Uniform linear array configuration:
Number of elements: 64
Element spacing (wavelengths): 1
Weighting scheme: hamming
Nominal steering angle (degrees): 60
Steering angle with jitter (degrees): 58.907
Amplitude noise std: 0.05
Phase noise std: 0.05

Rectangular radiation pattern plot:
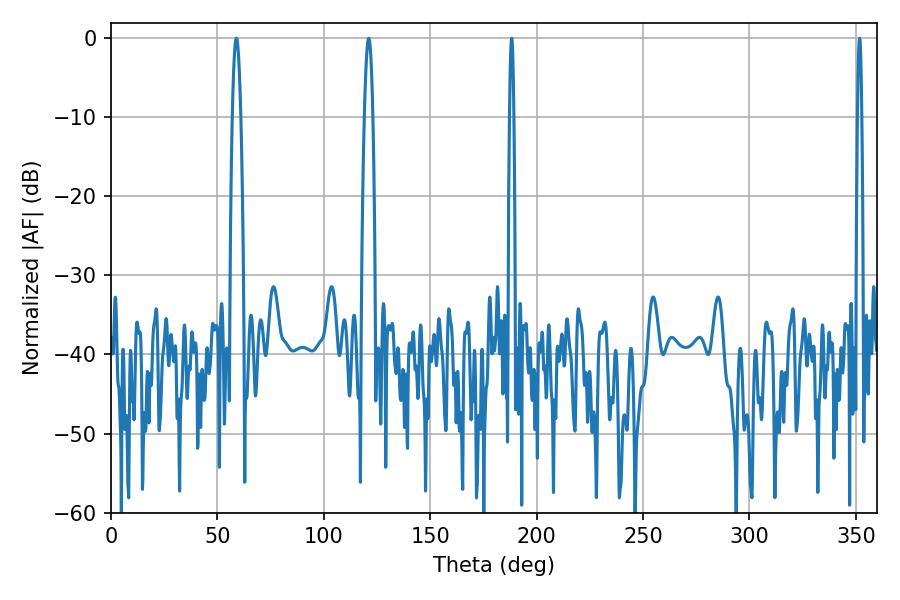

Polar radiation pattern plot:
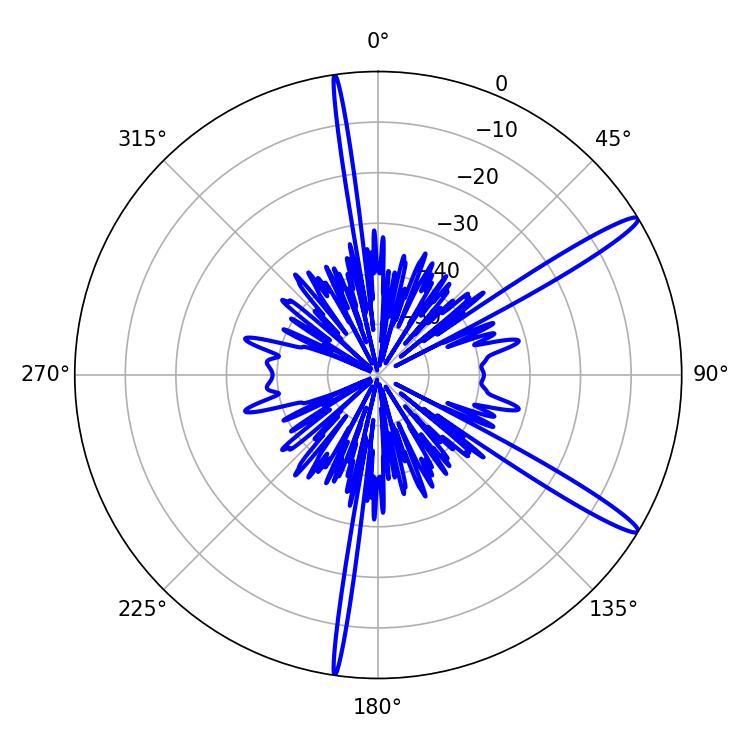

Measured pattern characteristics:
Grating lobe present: TRUE
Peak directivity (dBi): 14.845
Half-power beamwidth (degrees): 1.08
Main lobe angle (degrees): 351.72